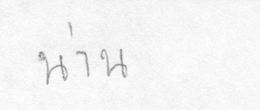
น่าน